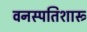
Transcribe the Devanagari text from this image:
वनस्पतिशास्त्र्